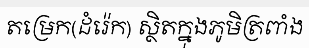
តម្រេក(ដំរ៉េក) ស្ថិតក្នុងភូមិត្រពាំង